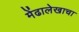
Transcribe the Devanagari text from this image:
मेंढालेखाचा